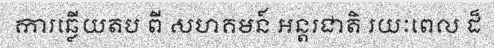
ការឆ្លើយតប ពី សហគមន៍ អន្តរជាតិ រយៈពេល ដ៏